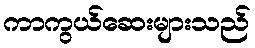
ကာကွယ်ဆေးများသည်